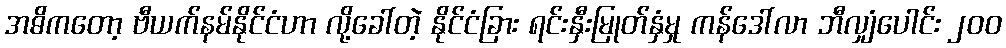
အဓိကတော့ ဗီယက်နမ်နိုင်ငံဟာ လို့ခေါ်တဲ့ နိုင်ငံခြား ရင်းနှီးမြုတ်နှံမှု ကန်ဒေါ်လာ ဘီလျှံပေါင်း ၂၀၀